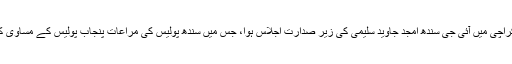
تفصیلات کے مطابق کراچی میں آئی جی سندھ امجد جاوید سلیمی کی زیر صدارت اجلاس ہوا، جس میں سندھ پولیس کی مراعات پنجاب پولیس کے مساوی کرنے کا فیصلہ کیا گیا۔